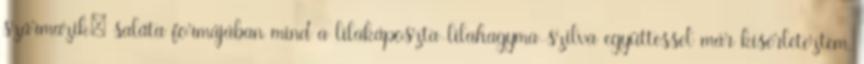
származik: saláta formájában mind a lilakáposzta-lilahagyma-szilva együttessel már kísérleteztem,